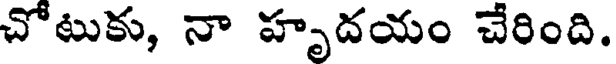
చోటుకు, నా హృదయం చేరింది.